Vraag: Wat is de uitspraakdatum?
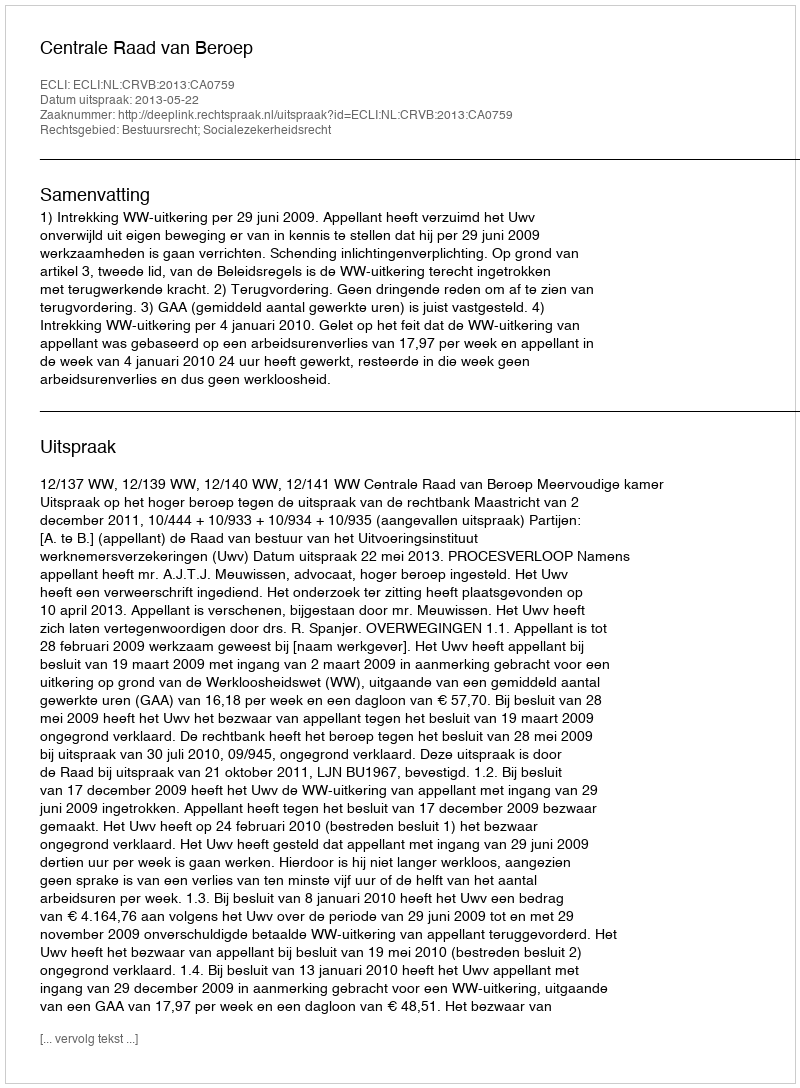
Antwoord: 2013-05-22